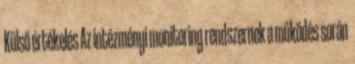
Külső értékelés Az intézményi monitoring rendszernek a működés során